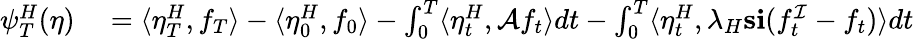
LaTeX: \begin{array}{rl}{\psi_{T}^{H}(\eta)}&{{}=\langle\eta_{T}^{H},f_{T}\rangle-\langle\eta_{0}^{H},f_{0}\rangle-\int_{0}^{T}\langle\eta_{t}^{H},\mathcal{A}f_{t}\rangle dt-\int_{0}^{T}\langle\eta_{t}^{H},\lambda_{H}\mathbf{s}\mathbf{i}(f_{t}^{\mathcal{I}}-f_{t})\rangle dt}\end{array}